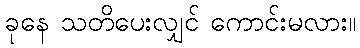
ခုနေ သတိပေးလျှင် ကောင်းမလား။